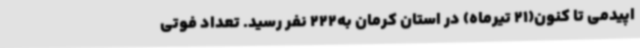
اپیدمی تا کنون(21 تیرماه) در استان کرمان به222 نفر رسید. تعداد فوتی